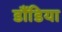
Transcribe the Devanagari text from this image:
डौंडिया